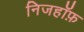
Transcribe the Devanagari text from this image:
निजहॉफ़